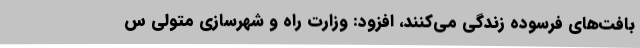
بافت‌های فرسوده زندگی می‌کنند، افزود: وزارت راه و شهرسازی متولی س